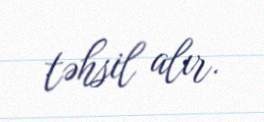
təhsil alır.